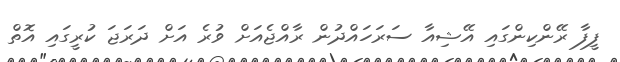
ފީފާ ރޭންކިންގައި އޭޝިއާ ސަރަހައްދުން ރާއްޖެއަށް ވުރެ އަށް ދަރަޖަ ކުރީގައި އޮތް